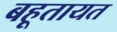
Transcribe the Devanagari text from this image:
बहूतायत